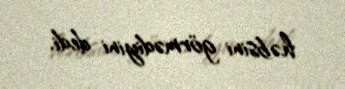
həbsini görmədiyini dedi.